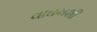
વાઘમશી